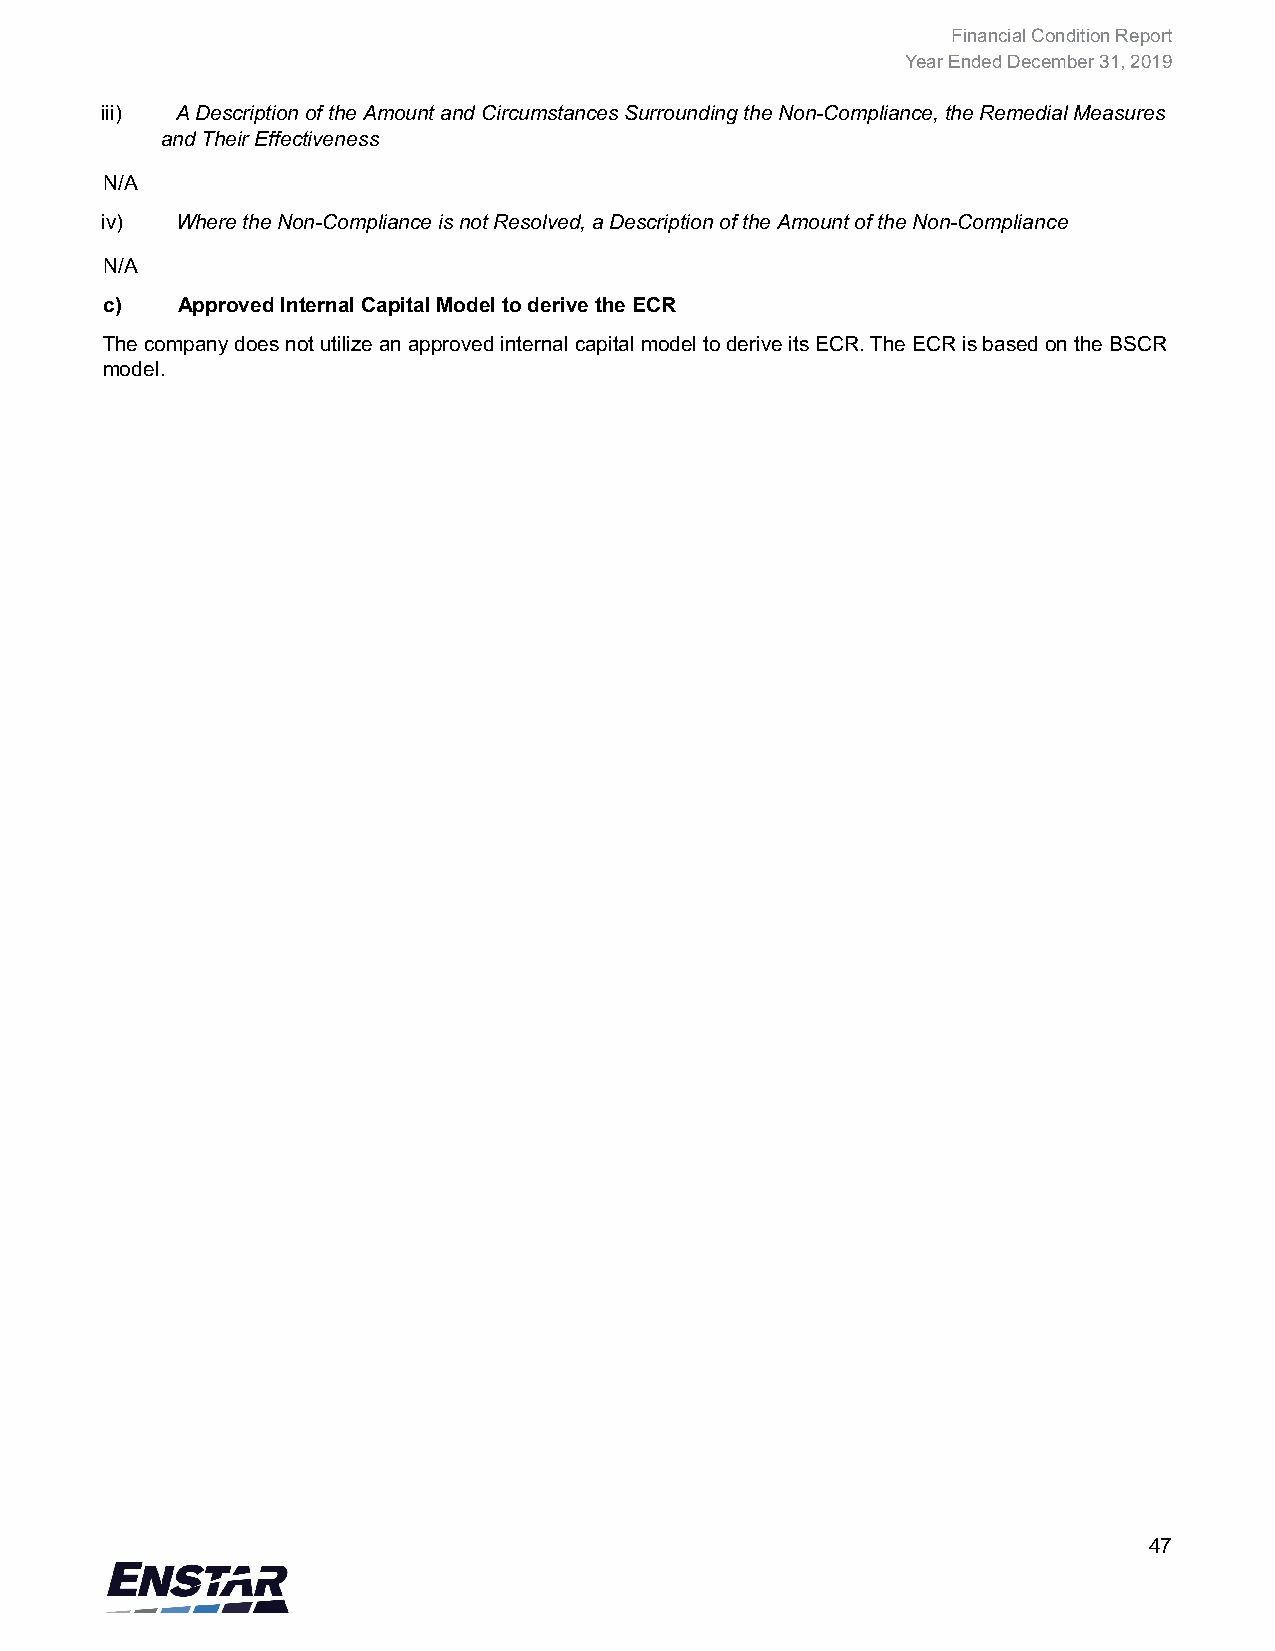
Financial Condition Report
 Year Ended December 31, 2019
 iii) A Description of the Amount and Circumstances Surrounding the Non-Compliance, the Remedial Measures
 and Their Effectiveness
 N/A
 iv)  Where the Non-Compliance is not Resolved, a Description of the Amount of the Non-Compliance
 N/A
 c)   Approved Internal Capital Model to derive the ECR
 The company does not utilize an approved internal capital model to derive its ECR. The ECR is based on the BSCR
 model.
 47